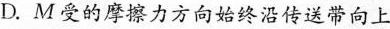
D.M受的摩擦力方向始终沿传送带向上